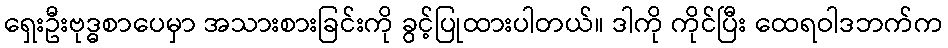
ရှေးဦးဗုဒ္ဓစာပေမှာ အသားစားခြင်းကို ခွင့်ပြုထားပါတယ်။ ဒါကို ကိုင်ပြီး ထေရဝါဒဘက်က